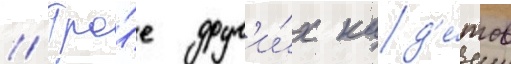
// Тро́е друг'и́х кад'е́тов